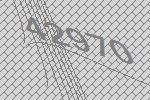
42970